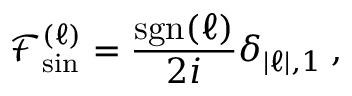
\mathop { \mathcal { F } _ { \mathrm { s i n } } ^ { ( \ell ) } } = \frac { \mathrm { s g n } ( \ell ) } { 2 i } \delta _ { | \ell | , 1 } \: ,